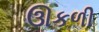
ઊકળી